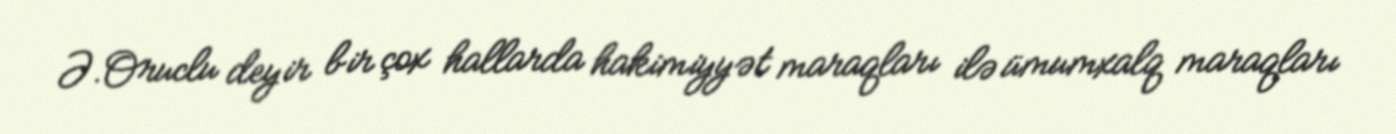
Ə.Oruclu deyir bir çox hallarda hakimiyyət maraqları ilə ümumxalq maraqları